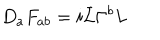
D _ { a } F _ { a b } = i \bar { L } \Gamma ^ { b } L